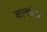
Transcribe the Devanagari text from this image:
बल्कंस